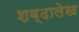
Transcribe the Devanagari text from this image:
शब्दालेख